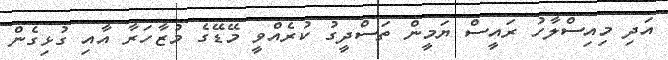
އަދި މިއިސްލާހު ރައީސް ޔަމީން ތަސްދީގު ކުރެއްވީ މޭޑޭގެ މުޒާހަރާ އާއި ގުޅިގެން